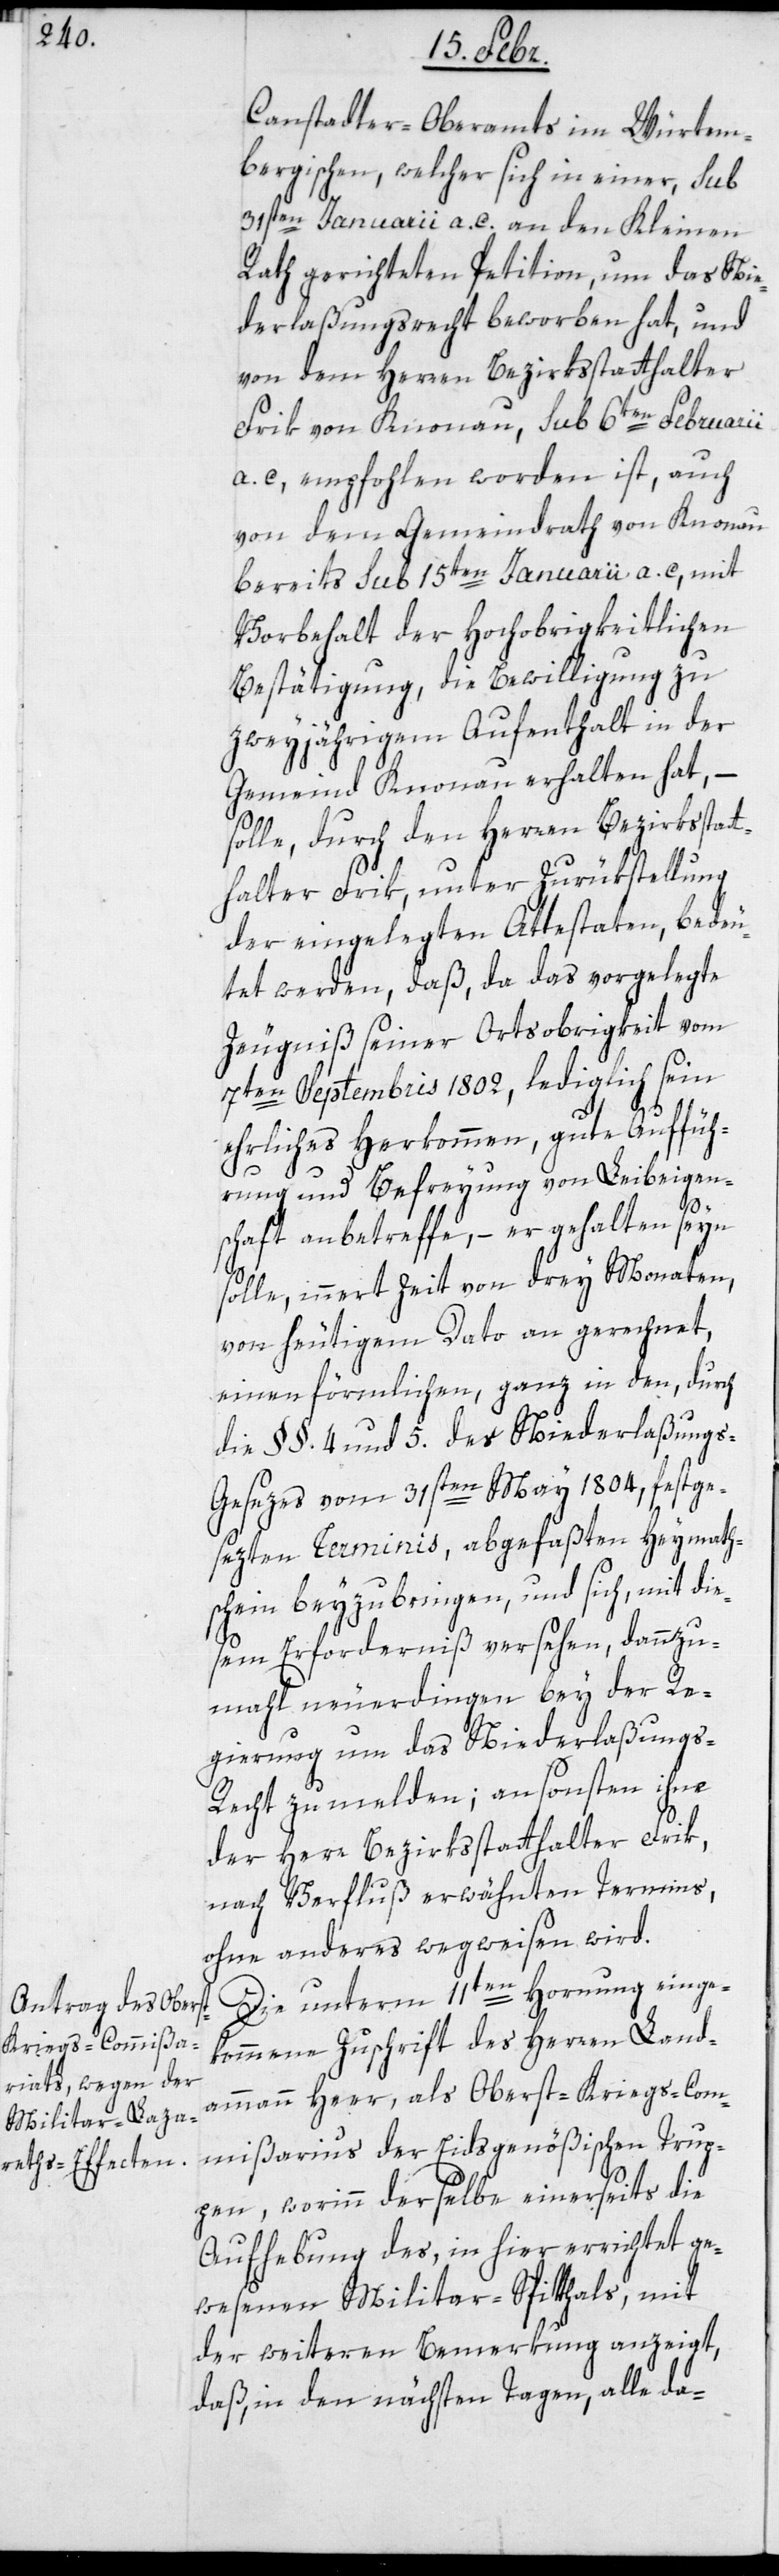
Canstadter-Oberamts im Würtem¬
bergischen, welcher sich in einer, sub
31sten Januarii a. c. an den Kleinen
Rath gerichteten Petition, um das Nie¬
derlaßungsrecht beworben hat, und
von dem Herren Bezirksstatthalter
Frik von Knonau, sub 6ten Februarii
a. c. empfohlen worden ist, auch
von dem Gemeindrath von Knonau
bereits sub 15ten Januarii a. c., mit
Vorbehalt der Hochobrigkeitlichen
Bestätigung, die Bewilligung zu
zweyjährigem Aufenthalt in der
Gemeind Knonau erhalten hat, –
solle, durch den Herren Bezirksstat¬
thalter Frik, unter Zurükstellung
der eingelegten Attestaten, bedeu¬
tet werden, daß, da das vorgelegte
Zeugniß seiner Ortsobrigkeit vom
7ten Septembris 1802, lediglich sein
ehrliches Herkommen, gute Auffüh¬
rung und Befreyung von Leibeigen¬
schaft anbetreffe, – er gehalten seyn
solle, innert Zeit von drey Monaten,
von heutigem Dato an gerechnet,
einen förmlichen, ganz in den, durch
die §§. 4 und 5. des Niederlaßung¬
s-Gesezes vom 31sten May 1804, festge¬
sezten Terminis, abgefaßten Heymath¬
schein beyzubringen, und sich, mit die¬
sem Erforderniß versehen, dannzu¬
mahl neuerdingen bey der Re¬
gierung um das Niederlaßung¬
s-Recht zu melden; ansonsten ihm
der Herr Bezirksstatthalter Frik,
nach Verfluß erwähnten Termins,
ohne anderes wegweisen wird.
Die unterm 11ten Hornung einge¬
kommene Zuschrift des Herren Land¬
ammann Heer, als Oberst-Kriegs-Com¬
mißarius der Eidsgenößischen Trup¬
pen, worinn derselbe einerseits die
Aufhebung des, in hier errichtet ge¬
wesenen Militar-Spitthals, mit
der weiteren Bemerkung anzeigt,
daß, in den nächsten Tagen, alle da-